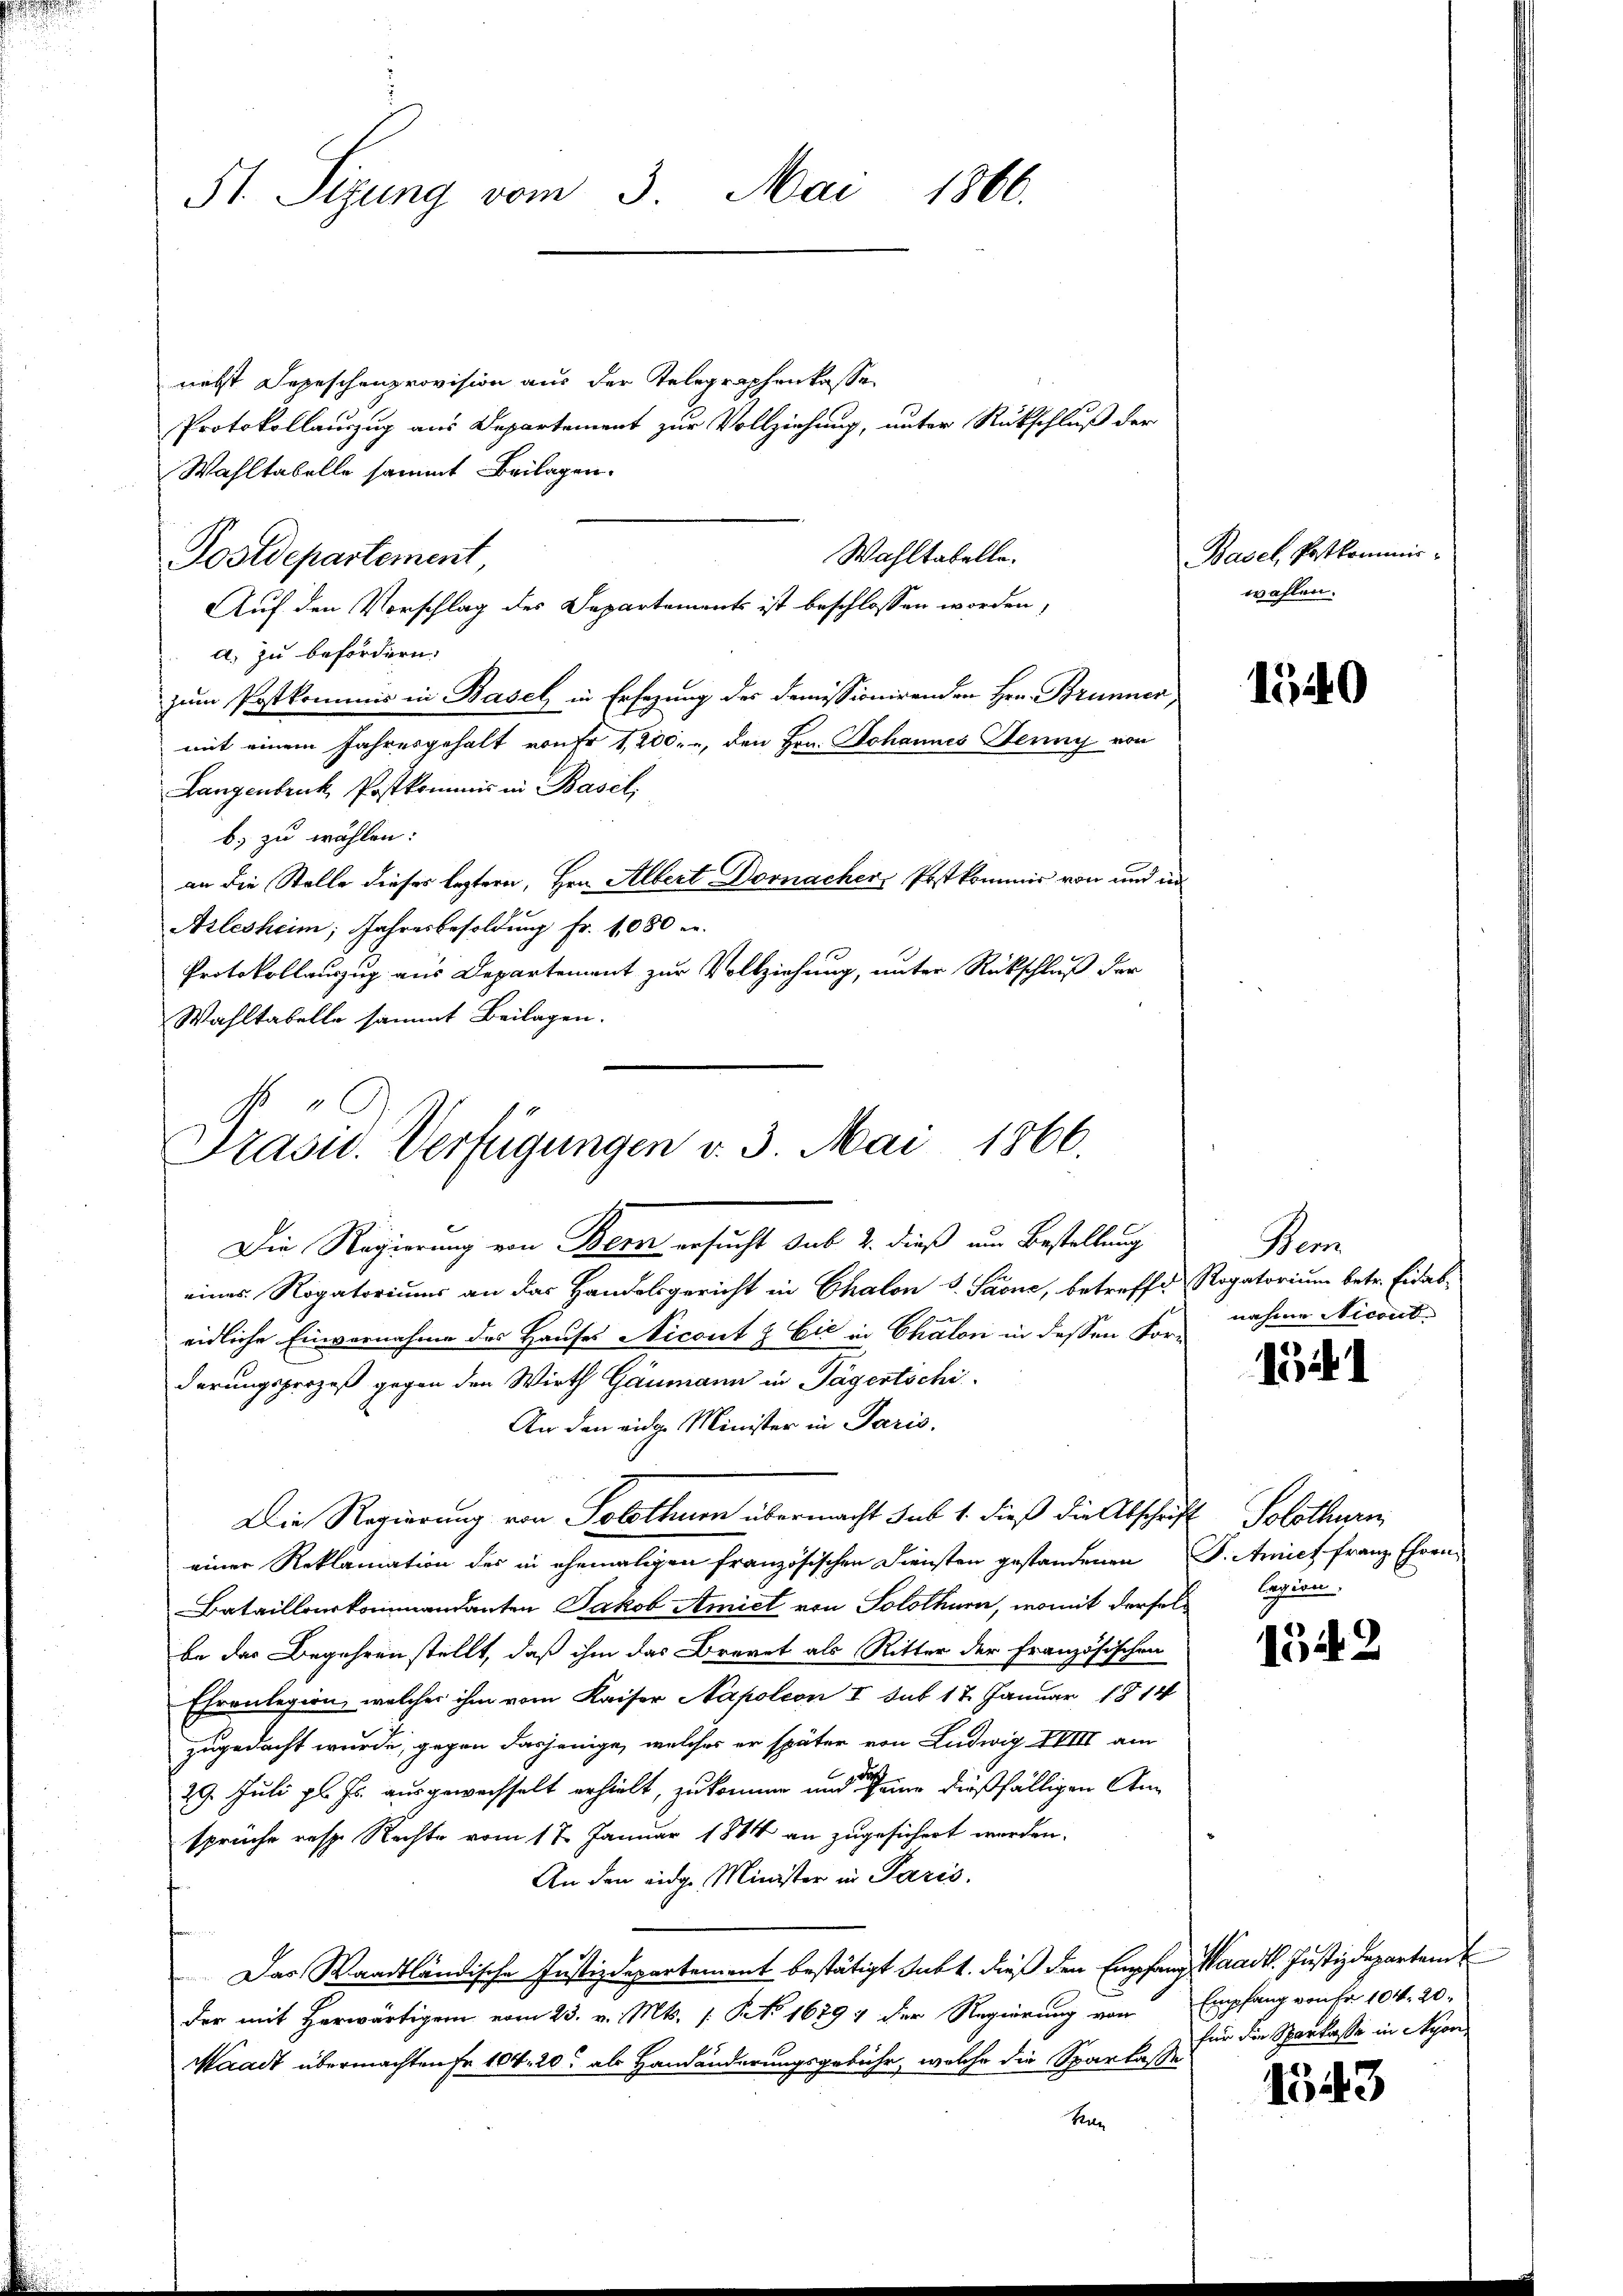
St Sitzung vom 3. Mai 1866.

nechst Depeschenprovision aus der Telegraphenkasse
Protokollauszug aus Departement zur Vollziehung, unter Rutschluß der
Wahltabelle sammt Beilagen.
a. zu befördern.
zum Postkommis in Basel in Ersezung des Domissionirenden Hrn. Brunner,
mit einem Jahresgehalt von Fr 1200.-, den Hrn. Johannes Jenny von
Langenbruck Postkommis in Basel,
b. zu wählen:
an die Stelle dieses leztern, Hrn. Albert Dornacher, Postkommer von und in
Arlesheim; Jahresbesoldung Fr. 1080 r.
Protokollauszug aus Departement zur Vollziehung, unter Rückschluß der
Wahltabelle sammt Beilagen.

Postdepartement

Wahltabelle.
Auf den Vorschlag des Departements ist beschlossen worden,

Präsid. Verfügungen v. 3. Mai 1866.

Die Regierung von Bern ersucht sub. 2. dieß um Bestellung
eines Rogatoriums an das Handelsgericht in Chalon v. Saone, betreffe Rogatorium betr. Eidab-
eidliche Einvernahme des Hauses Nicont & Cie in Chalon in dessen Forderungsprozeß gegen den Wirth Gaumann in Tägertschi
An den eidg. Minister in Paris.
Die Regierung von Solothurn übermacht sub 1. dieß die Abschrift Solothurn
einer Reklamation des in ehemaligen französischen Diensten gestandenen S. Amices franz Ehren,
Bataillonskommandanten Jakob Amiet von Solothurn, womit derselbe das Begehren stellt, daß ihm das Brevet als Ritter der Französischen
Ehrenlegion, welcher ihm vom Kaiser Napoleon I sub 17. Januar 1814
zugedacht wurde, gegen dasjenige, welches er später von Ludwig XVIII am
29. Juli l. Js. ausgewechselt erhielt, zukomme und seine dießfälligen Ansprüche resp. Rechte vom 17. Januar 1884 an zugesichert werden.
An den eidge Minister in Paris.
Das Waadtländische Justizdepartement bestätigt subt. Dieß den Empfang Waadt. Justizdepartem
der mit Herwärtigem vom 23. v. Mts. /: No 16897 der Regierung von Empfang von Fr. 104. 20.
Waadt übermachten Fr. 104. 20. als Handänderungsgebühr, welche die Sparkasse
Pre

Basel, Postkommiswahlen.

1140

Ber
nahme Nicout.

1541

lgien.

1542

für die Sparkasse in Nyon

1543